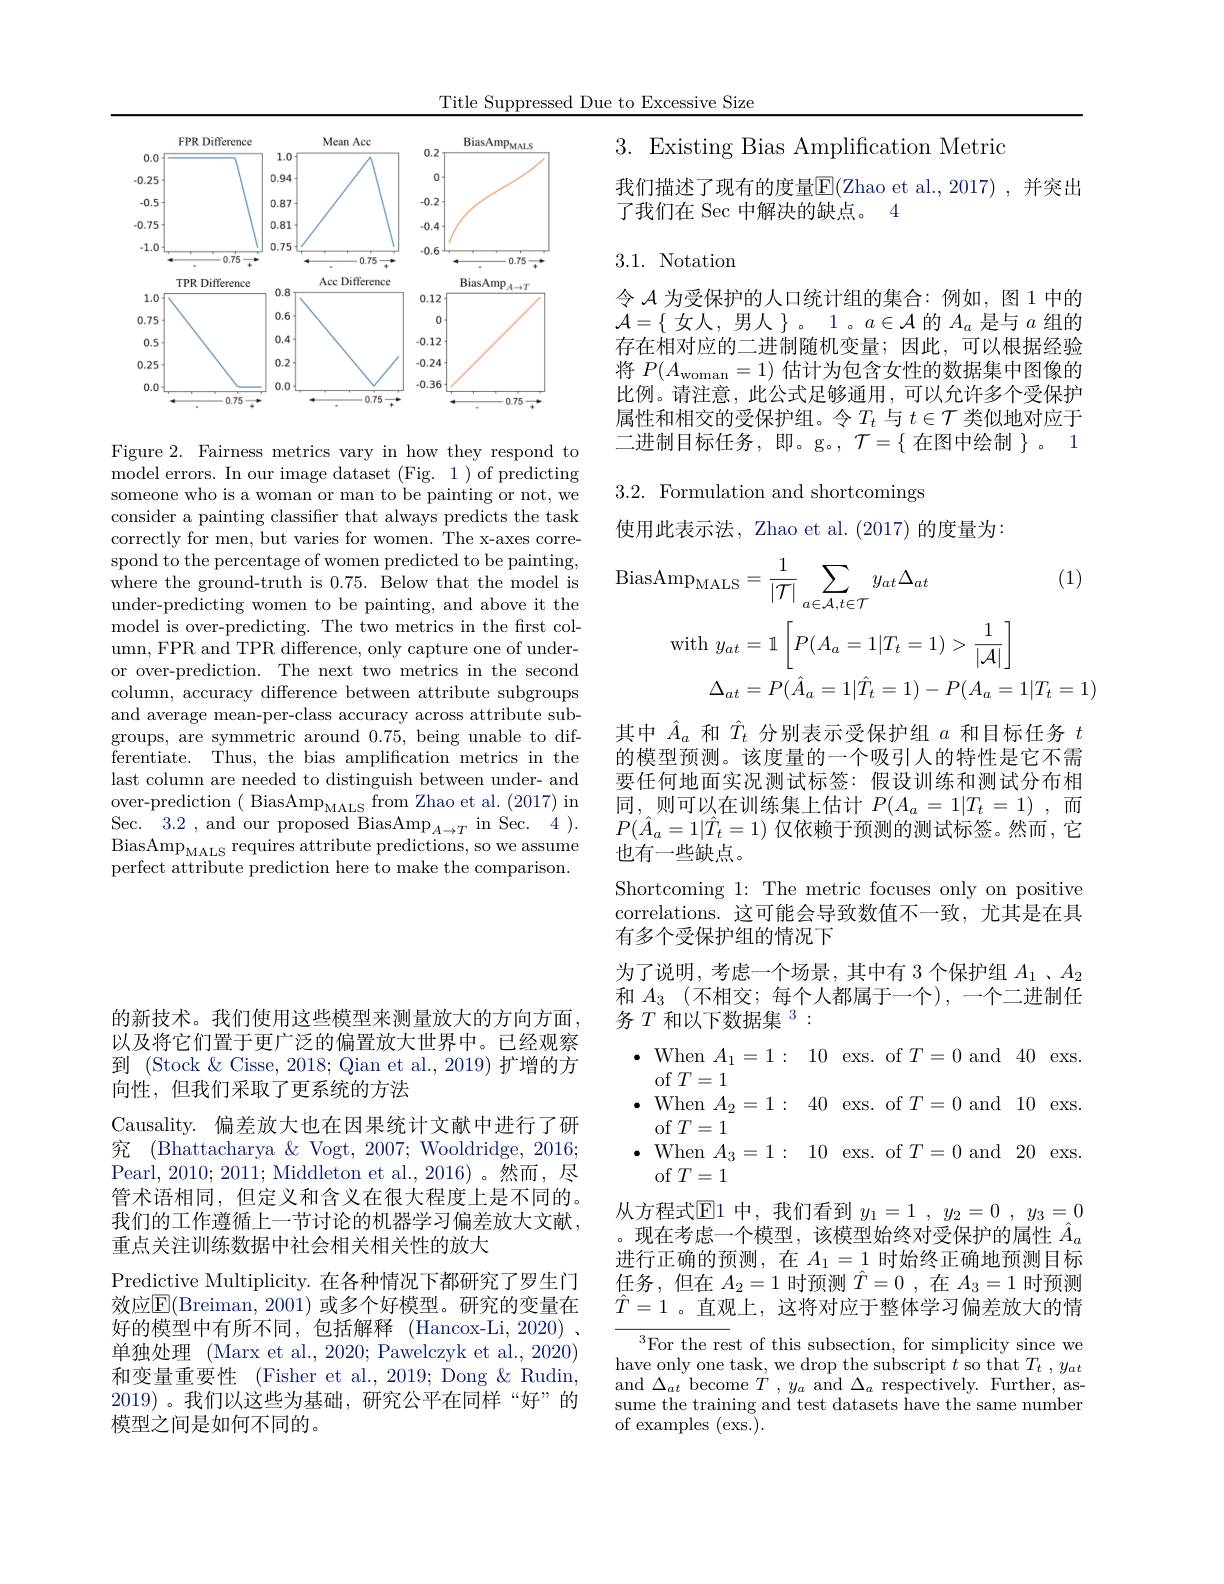
Title Suppressed Due to Excessive Size

<FigureHere>

Figure 2. Fairness metrics vary in how they respond to model errors. In our image dataset (Fig. 1) of predicting someone who is a woman or man to be painting or not, we consider a painting classifier that always predicts the task correctly for men, but varies for women. The x-axes correspond to the percentage of women predicted to be painting, where the ground-truth is 0.75. Below that the model is under-predicting women to be painting, and above it the model is over-predicting. The two metrics in the first column, FPR and TPR difference, only capture one of underor over-prediction. The next two metrics in the second column, accuracy difference between attribute subgroups and average mean-per-class accuracy across attribute subgroups, are symmetric around 0.75, being unable to differentiate. Thus, the bias amplification metrics in the last column are needed to distinguish between under- and over- prediction ( BiasAm$p_{MALS}$ from Zhao et al. ( 2017) in Sec. 3.2 , and our proposed BiasAmp$_A\to T$ in Sec. 4). $\mathrm{BiasAmp}_{\mathrm{MALS}}$requires attribute predictions, so we assume perfect attribute prediction here to make the comparison.

3.Existing Bias Amplification Metric

我们描述了现有的度量$\mathbb{E}($Zhao et al.,2017),并突出
了我们在 Sec 中解决的缺点。4

## 3.1.Notation

令$\mathcal{A}$为受保护的人口统计组的集合：例如，图 1 中的$\mathcal{A}=\{$女人，男人$\}$。1。$a\in\mathcal{A}$的$A_a$是与$a$组的存在相对应的二进制随机变量；因此，可以根据经验将$P(A_{\mathrm{woman}}=1)$估计为包含女性的数据集中图像的比例。请注意，此公式足够通用，可以允许多个受保护属性和相交的受保护组。令$T_t$与$t\in\mathcal{T}$类似地对应于二进制目标任务，即。g。$,\mathcal{T}=\{$在图中绘制$\}$。1

3.2. Formulation and shortcomings

使用此表示法，Zhao et al.(2017)的度量为：
$$\begin{aligned}\mathrm{Amp}_{\mathrm{MALS}}&=\frac{1}{|\mathcal{T}|}\sum_{a\in\mathcal{A},t\in\mathcal{T}}y_{at}\Delta_{at}&\text{(1)}\\\mathrm{with}\:y_{at}&=1\:\left[P(A_{a}=1|T_{t}=1)>\frac{1}{|\mathcal{A}|}\right]\\\Delta_{at}&=P(\hat{A}_{a}=1|\hat{T}_{t}=1)-P(A_{a}=1|T_{t}=1)\end{aligned}$$
其中$\hat{A}_a$和$\hat{T}_t$分别表示受保护组$a$和目标任务$t$ 的模型预测。该度量的一个吸引人的特性是它不需要任何地面实况测试标签：假设训练和测试分布相同，则可以在训练集上估计$P(A_a=1|T_t=1)$,而$P(\hat{A}_{a}=1|\hat{T}_{t}=1)$仅依赖于预测的测试标签。然而，它也有一些缺点。
Shortcoming 1: The metric focuses only on positive correlations. 这可能会导致数值不一致，尤其是在具有多个受保护组的情况下
为了说明，考虑一个场景，其中有 3 个保护组$A_1$ 、$A_2$ 和 $A_3$ (不相交；每个人都属于一个),一个二进制任务$T\text{ 和以下数据集 }^{3}:$
$\bullet$ When $A_1= 1:$ 10 exs. of $T=0$ and 40 exs.
of $T=1$
$\bullet$ When $A_2= 1:$ 40 exs. of $T=0$ and 10 exs.
of $T=1$
$\bullet$ When $A_3= 1:$ 10 exs. of $T=0$ and 20 exs.
of $T=1$
从方程式$\operatorname{E}$1 中，我们看到 $y_1= 1$ , $y_2= 0$ , $y_3= 0$ 。现在考虑一个模型，该模型始终对受保护的属性$\hat{A}_a$ 进行正确的预测，在$A_1=1$时始终正确地预测目标任务，但在$A_2=1$时预测$\hat{T}=0$ ,在$A_3=1$时预测$\hat{T}=1$ 。直观上，这将对应于整体学习偏差放大的情
$^3$For the rest of this subsection, for simplicity since we have only one task, we drop the subscript $t$ so that $T_t$ $, y_{at}$ and$\Delta_{at}$become$T,y_a$ and$\Delta_a$ respectively. Further, assume the training and test datasets have the same number

of examples (exs.).

的新技术。我们使用这些模型来测量放大的方向方面以及将它们置于更广泛的偏置放大世界中。已经观察到 (Stock & Cisse, 2018; Qian et al., 2019) 扩增的方向性，但我们采取了更系统的方法
Causality. 偏差放大也在因果统计文献中进行了研究 (Bhattacharya & Vogt, 2007; Wooldridge, 2016; Pearl, 2010; 2011; Middleton et al., 2016)。然而，尽管术语相同，但定义和含义在很大程度上是不同的。我们的工作遵循上一节讨论的机器学习偏差放大文献， 重点关注训练数据中社会相关相关性的放大
Predictive Multiplicity. 在各种情况下都研究了罗生门效应$\operatorname{E}($Breiman,2001)或多个好模型。研究的变量在好的模型中有所不同，包括解释(Hancox-Li,2020)~. 单独处理 (Marx et al., 2020; Pawelczyk et al., 2020) 和变量重要性 (Fisher et al., 2019; Dong & Rudin 2019)。我们以这些为基础，研究公平在同样“好”的模型之间是如何不同的。